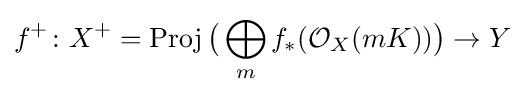
f^{+}\colon X^{+}=\operatorname {Proj} {\big (}\bigoplus _{m}f_{*}({\mathcal {O}}_{X}(mK)){\big )}\to Y